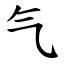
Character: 气